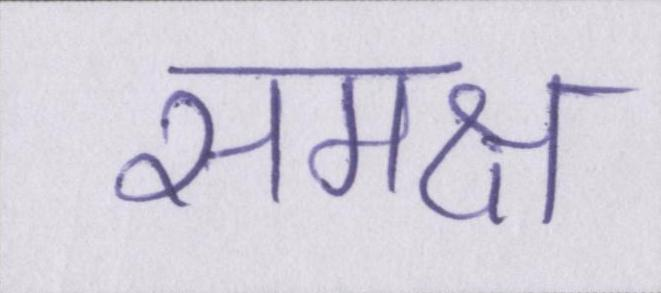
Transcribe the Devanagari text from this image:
समक्ष